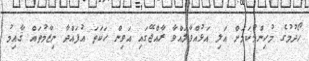
ހޯދުމުގެ މުހިންމުކަމަށް އަލި އަޅުއްވާލައްވާ ރާއްޖޭގައި އަވިން ހަކަތަ އުފައްދާ ނިޒާމުތައް ޤާއިމު